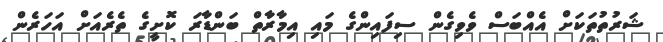
ޝަރުތުތަކަށް އެއްބަސް ވެވިގެން ސިފައިންގެ މައި އިމާރާތް ބަންޑާރަ ކޮށީގެ ތެރެއަށް އަހަރެން